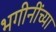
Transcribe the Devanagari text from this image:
भगीनींच्या